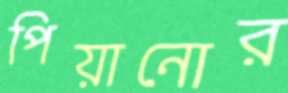
পিয়ানোর